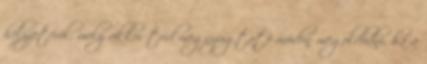
helyzetérõl, mely akkor tud megnyugtató módon megoldódni, ha a